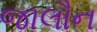
જાલૌન